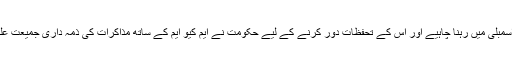
وفاقی اور صوبائی حکومت کا موقف ہے کہ ایم کیو ایم کو اسمبلی میں رہنا چاہیے اور اس کے تحفظات دور کرنے کے لیے حکومت نے ایم کیو ایم کے ساتھ مذاکرات کی ذمہ داری جمیعت علمائے اسلام کے سربراہ مولانا فضل الرحمان کو سونپی ہے۔